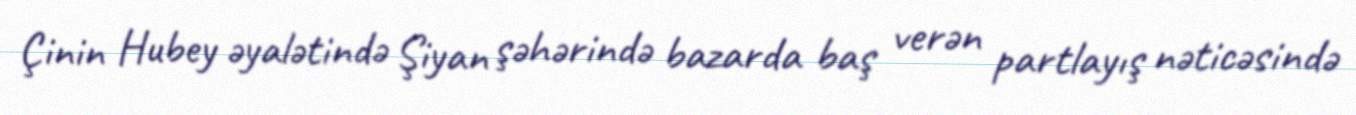
Çinin Hubey əyalətində Şiyan şəhərində bazarda baş verən partlayış nəticəsində